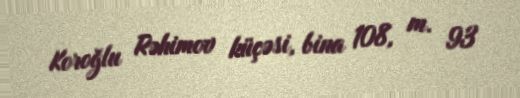
Koroğlu Rəhimov küçəsi, bina 108, m. 93